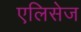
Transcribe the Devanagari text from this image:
एलिसेज